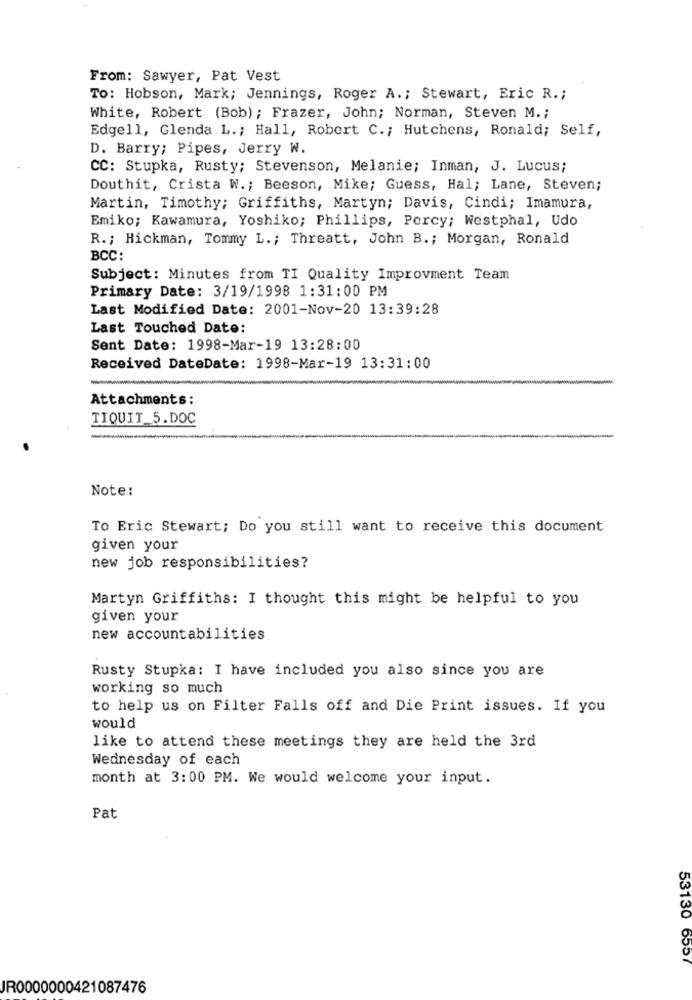
From: Sawyer, Pat Vest
To: Hobson, Mark; Jennings, Roger A .; Stewart, Eric R .;
White, Robert (Bob); Frazer, John; Norman, Steven M .;
Edgell, Glenda L .; Hall, Robert C .; Hutchens, Ronald; Self,
D. Barry; Pipes, Jerry W.
CC: Stupka, Rusty; Stevenson, Melanie; Inman, J. Lucus;
Douthit, Crista W .; Beeson, Mike; Guess, Hal; Lane, Steven;
Martin, Timothy; Griffiths, Martyn; Davis, Cindi; Imamura,
Emiko; Kawamura, Yoshiko; Phillips, Percy; Westphal, Udo
R .; Hickman, Tommy L .; Threatt, John B .; Morgan, Ronald
BCC:
Subject: Minutes from TI Quality Improvment Team
Primary Date: 3/19/1998 1:31:00 PM
Last Modified Date: 2001-Nov-20 13:39:28
Last Touched Date:
Sent Date: 1998-Mar-19 13:28:00
Received DateDate: 1998-Mar-19 13:31:00
-
Attachments:
TIQUIT 5.DOC
Note:
To Eric Stewart; Do you still want to receive this document
given your
new job responsibilities?
Martyn Griffiths: I thought this might be helpful to you
given your
new accountabilities
Rusty Stupka: I have included you also since you are
working so much
to help us on Filter Falls off and Die Print issues. If you
would
like to attend these meetings they are held the 3rd
Wednesday of each
month at 3:00 PM. We would welcome your input.
Pat
53130 6557
JR0000000421087476